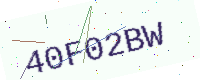
Text: 40F02BW